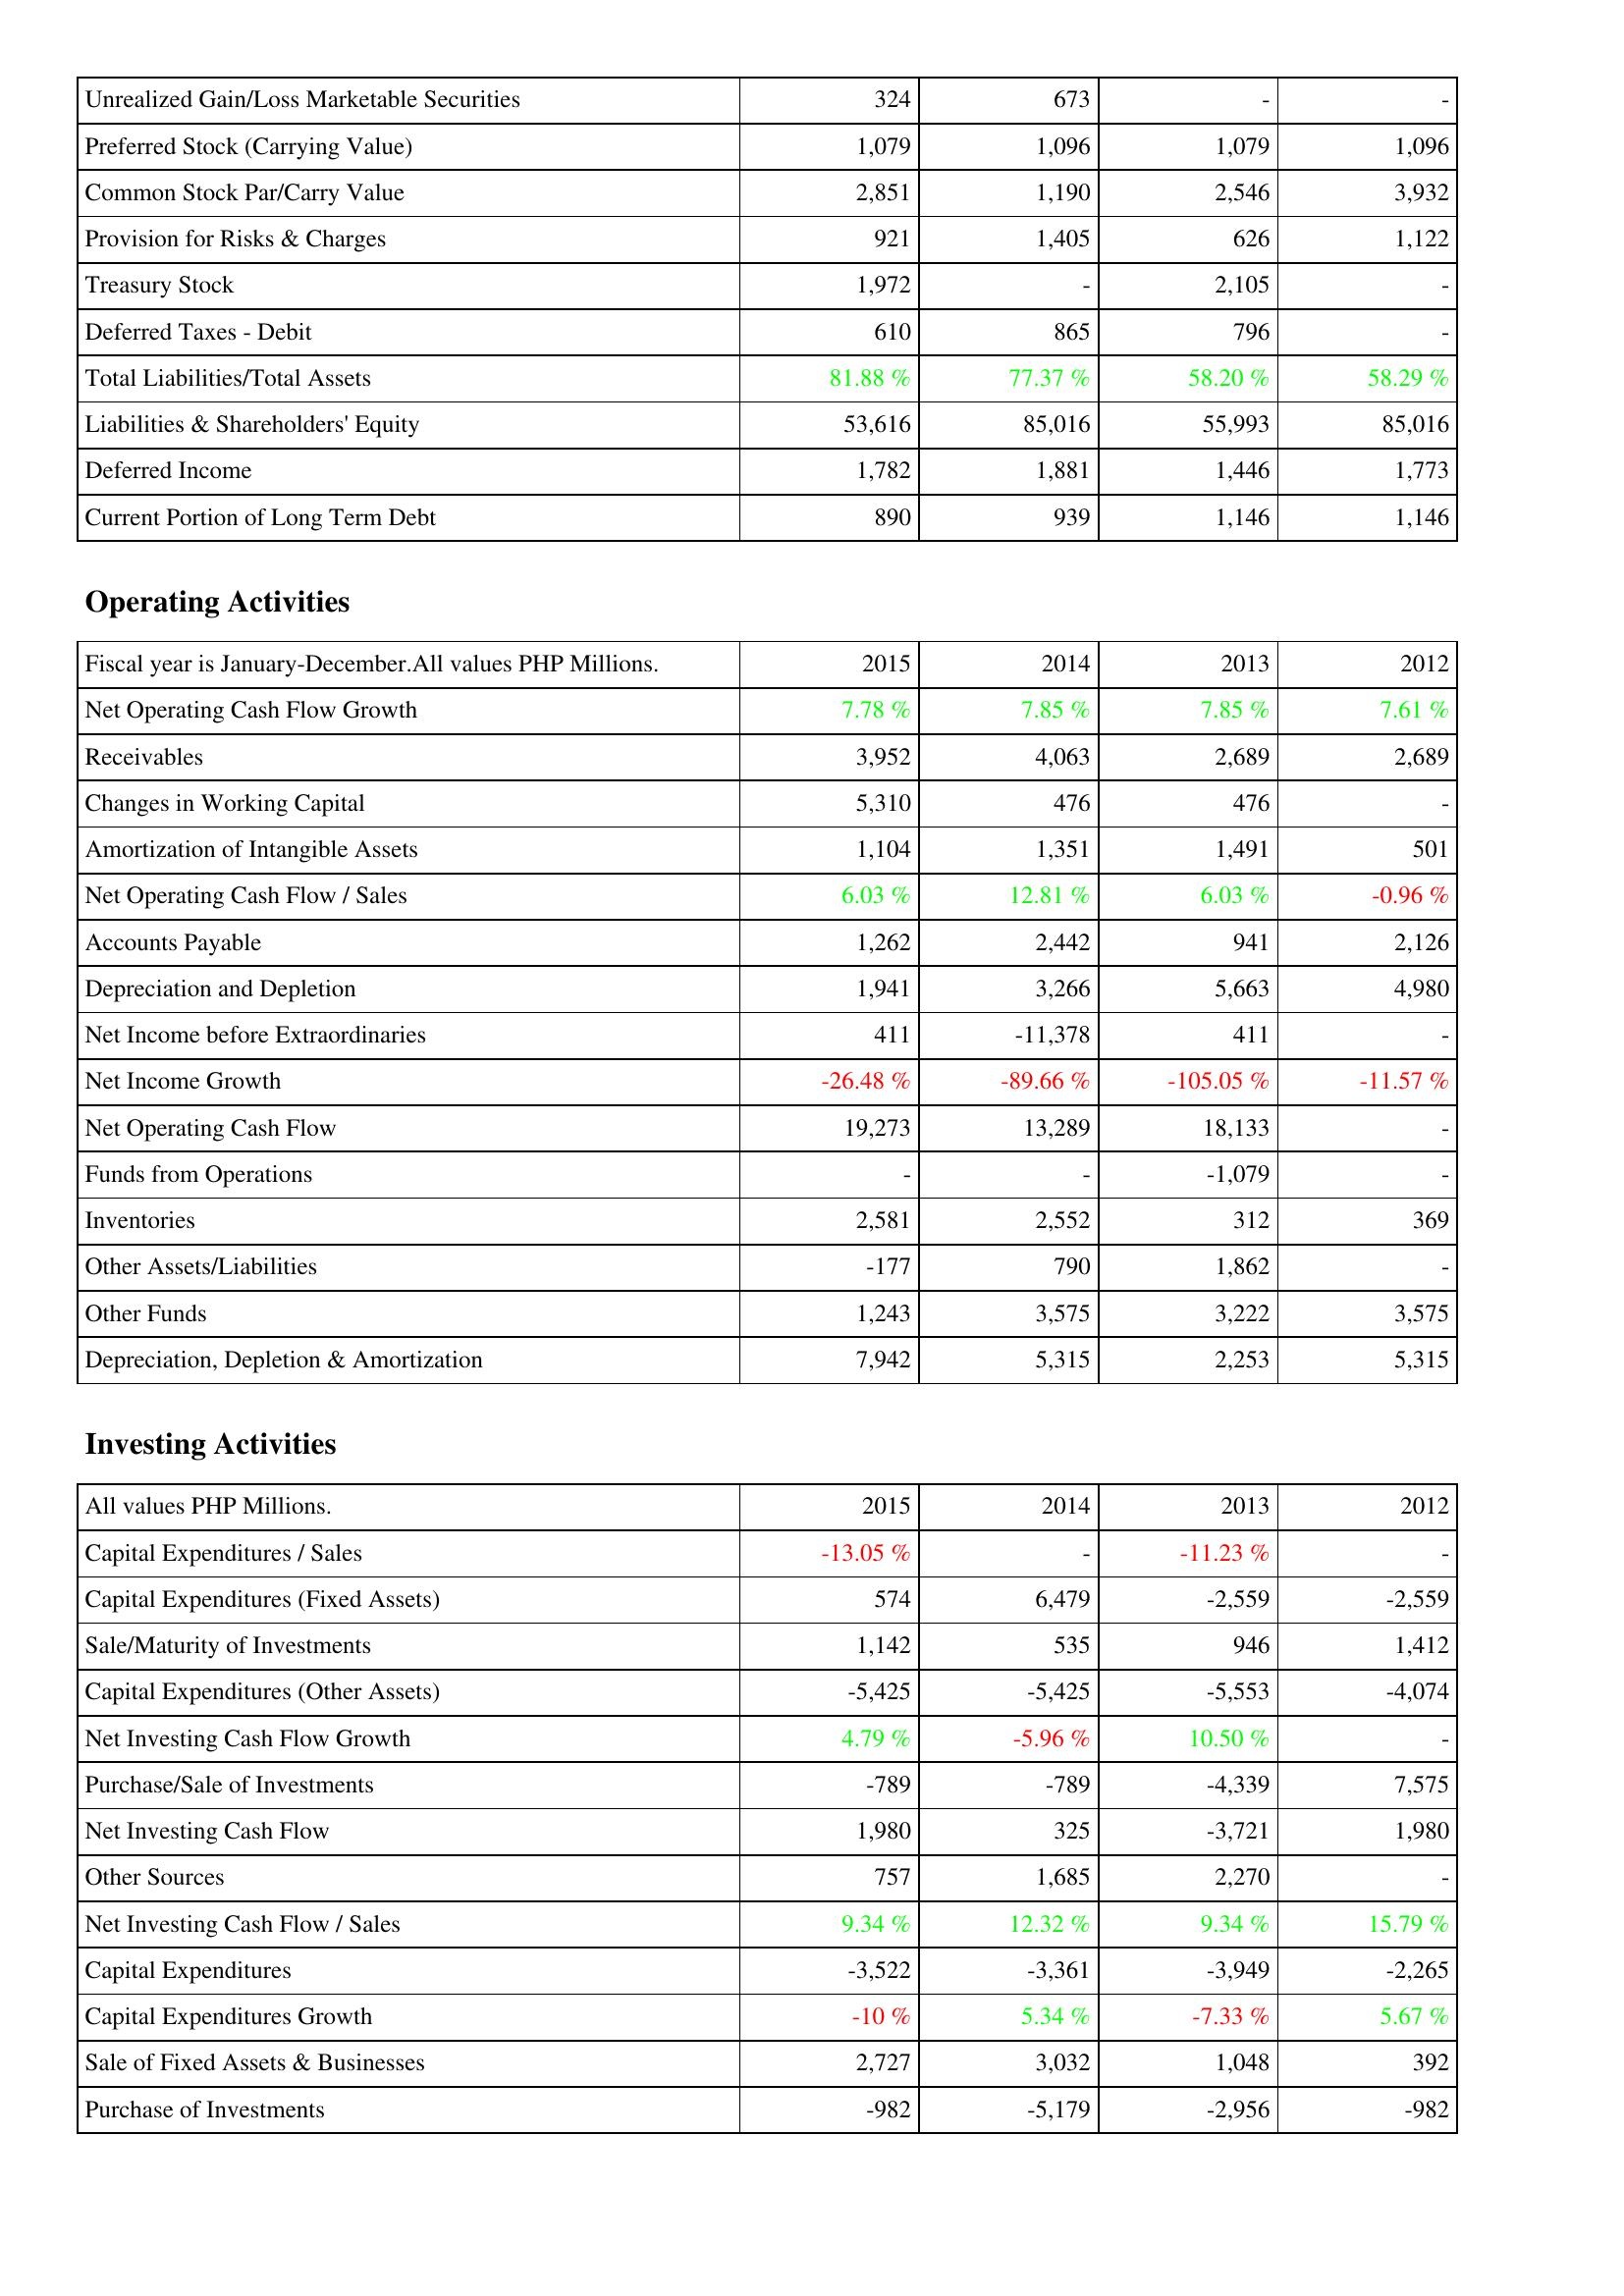
2015: Liabilities & Shareholders' Equity: Unrealized Gain/Loss Marketable Securities: 324
Preferred Stock (Carrying Value): 1,079
Common Stock Par/Carry Value: 2,851
Provision for Risks & Charges: 921
Treasury Stock: 1,972
Deferred Taxes - Debit: 610
Total Liabilities/Total Assets: 81.88 %
Liabilities & Shareholders' Equity: 53,616
Deferred Income: 1,782
Current Portion of Long Term Debt: 890
Operating Activities: Net Operating Cash Flow Growth: 7.78 %
Receivables: 3,952
Changes in Working Capital: 5,310
Amortization of Intangible Assets: 1,104
Net Operating Cash Flow / Sales: 6.03 %
Accounts Payable: 1,262
Depreciation and Depletion: 1,941
Net Income before Extraordinaries: 411
Net Income Growth: -26.48 %
Net Operating Cash Flow: 19,273
Funds from Operations: -
Inventories: 2,581
Other Assets/Liabilities: -177
Other Funds: 1,243
Depreciation, Depletion & Amortization: 7,942
Investing Activities: Capital Expenditures / Sales: -13.05 %
Capital Expenditures (Fixed Assets): 574
Sale/Maturity of Investments: 1,142
Capital Expenditures (Other Assets): -5,425
Net Investing Cash Flow Growth: 4.79 %
Purchase/Sale of Investments: -789
Net Investing Cash Flow: 1,980
Other Sources: 757
Net Investing Cash Flow / Sales: 9.34 %
Capital Expenditures: -3,522
Capital Expenditures Growth: -10 %
Sale of Fixed Assets & Businesses: 2,727
Purchase of Investments: -982
2014: Liabilities & Shareholders' Equity: Unrealized Gain/Loss Marketable Securities: 673
Preferred Stock (Carrying Value): 1,096
Common Stock Par/Carry Value: 1,190
Provision for Risks & Charges: 1,405
Treasury Stock: -
Deferred Taxes - Debit: 865
Total Liabilities/Total Assets: 77.37 %
Liabilities & Shareholders' Equity: 85,016
Deferred Income: 1,881
Current Portion of Long Term Debt: 939
Operating Activities: Net Operating Cash Flow Growth: 7.85 %
Receivables: 4,063
Changes in Working Capital: 476
Amortization of Intangible Assets: 1,351
Net Operating Cash Flow / Sales: 12.81 %
Accounts Payable: 2,442
Depreciation and Depletion: 3,266
Net Income before Extraordinaries: -11,378
Net Income Growth: -89.66 %
Net Operating Cash Flow: 13,289
Funds from Operations: -
Inventories: 2,552
Other Assets/Liabilities: 790
Other Funds: 3,575
Depreciation, Depletion & Amortization: 5,315
Investing Activities: Capital Expenditures / Sales: -
Capital Expenditures (Fixed Assets): 6,479
Sale/Maturity of Investments: 535
Capital Expenditures (Other Assets): -5,425
Net Investing Cash Flow Growth: -5.96 %
Purchase/Sale of Investments: -789
Net Investing Cash Flow: 325
Other Sources: 1,685
Net Investing Cash Flow / Sales: 12.32 %
Capital Expenditures: -3,361
Capital Expenditures Growth: 5.34 %
Sale of Fixed Assets & Businesses: 3,032
Purchase of Investments: -5,179
2013: Liabilities & Shareholders' Equity: Unrealized Gain/Loss Marketable Securities: -
Preferred Stock (Carrying Value): 1,079
Common Stock Par/Carry Value: 2,546
Provision for Risks & Charges: 626
Treasury Stock: 2,105
Deferred Taxes - Debit: 796
Total Liabilities/Total Assets: 58.20 %
Liabilities & Shareholders' Equity: 55,993
Deferred Income: 1,446
Current Portion of Long Term Debt: 1,146
Operating Activities: Net Operating Cash Flow Growth: 7.85 %
Receivables: 2,689
Changes in Working Capital: 476
Amortization of Intangible Assets: 1,491
Net Operating Cash Flow / Sales: 6.03 %
Accounts Payable: 941
Depreciation and Depletion: 5,663
Net Income before Extraordinaries: 411
Net Income Growth: -105.05 %
Net Operating Cash Flow: 18,133
Funds from Operations: -1,079
Inventories: 312
Other Assets/Liabilities: 1,862
Other Funds: 3,222
Depreciation, Depletion & Amortization: 2,253
Investing Activities: Capital Expenditures / Sales: -11.23 %
Capital Expenditures (Fixed Assets): -2,559
Sale/Maturity of Investments: 946
Capital Expenditures (Other Assets): -5,553
Net Investing Cash Flow Growth: 10.50 %
Purchase/Sale of Investments: -4,339
Net Investing Cash Flow: -3,721
Other Sources: 2,270
Net Investing Cash Flow / Sales: 9.34 %
Capital Expenditures: -3,949
Capital Expenditures Growth: -7.33 %
Sale of Fixed Assets & Businesses: 1,048
Purchase of Investments: -2,956
2012: Liabilities & Shareholders' Equity: Unrealized Gain/Loss Marketable Securities: -
Preferred Stock (Carrying Value): 1,096
Common Stock Par/Carry Value: 3,932
Provision for Risks & Charges: 1,122
Treasury Stock: -
Deferred Taxes - Debit: -
Total Liabilities/Total Assets: 58.29 %
Liabilities & Shareholders' Equity: 85,016
Deferred Income: 1,773
Current Portion of Long Term Debt: 1,146
Operating Activities: Net Operating Cash Flow Growth: 7.61 %
Receivables: 2,689
Changes in Working Capital: -
Amortization of Intangible Assets: 501
Net Operating Cash Flow / Sales: -0.96 %
Accounts Payable: 2,126
Depreciation and Depletion: 4,980
Net Income before Extraordinaries: -
Net Income Growth: -11.57 %
Net Operating Cash Flow: -
Funds from Operations: -
Inventories: 369
Other Assets/Liabilities: -
Other Funds: 3,575
Depreciation, Depletion & Amortization: 5,315
Investing Activities: Capital Expenditures / Sales: -
Capital Expenditures (Fixed Assets): -2,559
Sale/Maturity of Investments: 1,412
Capital Expenditures (Other Assets): -4,074
Net Investing Cash Flow Growth: -
Purchase/Sale of Investments: 7,575
Net Investing Cash Flow: 1,980
Other Sources: -
Net Investing Cash Flow / Sales: 15.79 %
Capital Expenditures: -2,265
Capital Expenditures Growth: 5.67 %
Sale of Fixed Assets & Businesses: 392
Purchase of Investments: -982